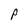
Character: P